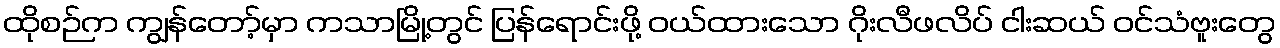
ထိုစဉ်က ကျွန်တော့်မှာ ကသာမြို့တွင် ပြန်ရောင်းဖို့ ဝယ်ထားသော ဂိုးလီဖလိပ် ငါးဆယ် ဝင်သံဗူးတွေ